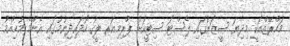
މަހްރޭޒްއަކީ މިދިޔަ ސީޒަނުގައި ލެސްޓަ ސިޓީއަށް ޕްރިމިއަރ ލީގު ހޯދައިދިނުމުގައި އެންމެ މުހިއްމު